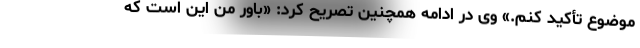
موضوع تأکید کنم.» وی در ادامه همچنین تصریح کرد: «باور من این است که